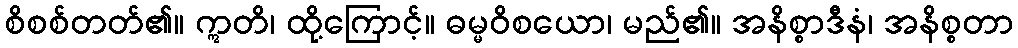
စိစစ်တတ်၏။ ဣတိ၊ ထို့ကြောင့်။ ဓမ္မဝိစယော၊ မည်၏။ အနိစ္စာဒီနံ၊ အနိစ္စတာ